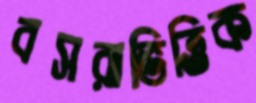
বসরাভিত্তিক